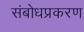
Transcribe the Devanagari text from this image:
संबोधप्रकरण